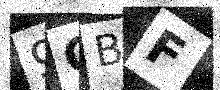
Text: 9GBF